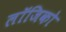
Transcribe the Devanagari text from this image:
लॉजिको